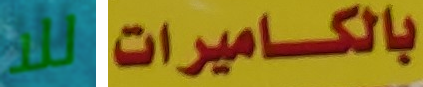
للا بالكاميرات